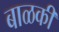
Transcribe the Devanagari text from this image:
बाळकी